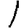
Digit: 1